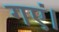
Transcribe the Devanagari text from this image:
गएं।